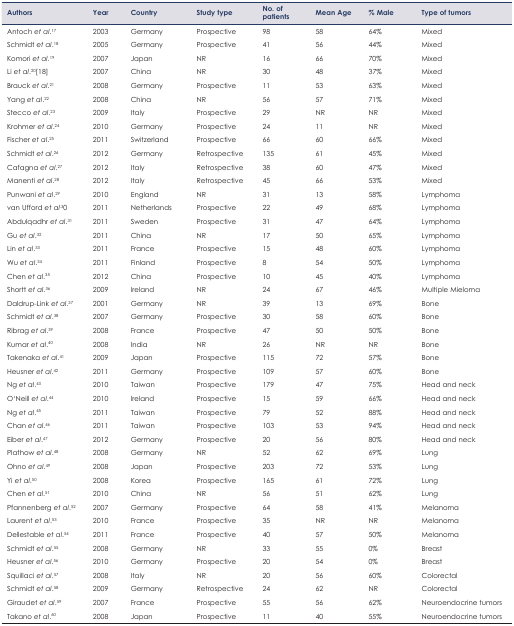
<table><thead><tr><td><b>Authors</b></td><td><b>Year</b></td><td><b>Country</b></td><td><b>Study type</b></td><td><b>No. of patients</b></td><td><b>Mean Age</b></td><td><b>% Male</b></td><td><b>Type of tumors</b></td></tr></thead><tbody><tr><td>Antoch <i>et al</i>.17</td><td>2003</td><td>Germany</td><td>Prospective</td><td>98</td><td>58</td><td>64%</td><td>Mixed</td></tr><tr><td>Schmidt <i>et al</i>.18</td><td>2005</td><td>Germany</td><td>Prospective</td><td>41</td><td>56</td><td>44%</td><td>Mixed</td></tr><tr><td>Komori <i>et al.</i>19</td><td>2007</td><td>Japan</td><td>NR</td><td>16</td><td>66</td><td>70%</td><td>Mixed</td></tr><tr><td>Li <i>et al</i>.20[18]</td><td>2007</td><td>China</td><td>NR</td><td>30</td><td>48</td><td>37%</td><td>Mixed</td></tr><tr><td>Brauck <i>et al</i>.21</td><td>2008</td><td>Germany</td><td>Prospective</td><td>11</td><td>53</td><td>63%</td><td>Mixed</td></tr><tr><td>Yang <i>et al</i>.22</td><td>2008</td><td>China</td><td>NR</td><td>56</td><td>57</td><td>71%</td><td>Mixed</td></tr><tr><td>Stecco <i>et al</i>.23</td><td>2009</td><td>Italy</td><td>Prospective</td><td>29</td><td>NR</td><td>NR</td><td>Mixed</td></tr><tr><td>Krohmer <i>et al</i>.24</td><td>2010</td><td>Germany</td><td>Prospective</td><td>24</td><td>11</td><td>NR</td><td>Mixed</td></tr><tr><td>Fischer <i>et al</i>.25</td><td>2011</td><td>Switzerland</td><td>Prospective</td><td>66</td><td>60</td><td>66%</td><td>Mixed</td></tr><tr><td>Schmidt <i>et al</i>.26</td><td>2012</td><td>Germany</td><td>Retrospective</td><td>135</td><td>61</td><td>45%</td><td>Mixed</td></tr><tr><td>Cafagna <i>et al</i>.27</td><td>2012</td><td>Italy</td><td>Retrospective</td><td>38</td><td>60</td><td>47%</td><td>Mixed</td></tr><tr><td>Manenti <i>et al</i>.28</td><td>2012</td><td>Italy</td><td>Retrospective</td><td>45</td><td>66</td><td>53%</td><td>Mixed</td></tr><tr><td>Punwani <i>et al</i>.29</td><td>2010</td><td>England</td><td>NR</td><td>31</td><td>13</td><td>58%</td><td>Lymphoma</td></tr><tr><td>van Ufford <i>et al</i>.30</td><td>2011</td><td>Netherlands</td><td>Prospective</td><td>22</td><td>49</td><td>68%</td><td>Lymphoma</td></tr><tr><td>Abdulqadhr <i>et al</i>.31</td><td>2011</td><td>Sweden</td><td>Prospective</td><td>31</td><td>47</td><td>64%</td><td>Lymphoma</td></tr><tr><td>Gu <i>et al</i>.32</td><td>2011</td><td>China</td><td>NR</td><td>17</td><td>50</td><td>65%</td><td>Lymphoma</td></tr><tr><td>Lin <i>et al</i>.33</td><td>2011</td><td>France</td><td>Prospective</td><td>15</td><td>48</td><td>60%</td><td>Lymphoma</td></tr><tr><td>Wu <i>et al</i>.34</td><td>2011</td><td>Finland</td><td>Prospective</td><td>8</td><td>54</td><td>50%</td><td>Lymphoma</td></tr><tr><td>Chen <i>et al</i>.35</td><td>2012</td><td>China</td><td>Prospective</td><td>10</td><td>45</td><td>40%</td><td>Lymphoma</td></tr><tr><td>Shortt <i>et al</i>.36</td><td>2009</td><td>Ireland</td><td>NR</td><td>24</td><td>67</td><td>46%</td><td>Multiple Mieloma</td></tr><tr><td>Daldrup-Link <i>et al</i>.37</td><td>2001</td><td>Germany</td><td>NR</td><td>39</td><td>13</td><td>69%</td><td>Bone</td></tr><tr><td>Schmidt <i>et al</i>.38</td><td>2007</td><td>Germany</td><td>Prospective</td><td>30</td><td>58</td><td>60%</td><td>Bone</td></tr><tr><td>Ribrag <i>et al</i>.39</td><td>2008</td><td>France</td><td>Prospective</td><td>47</td><td>50</td><td>50%</td><td>Bone</td></tr><tr><td>Kumar <i>et al</i>.40</td><td>2008</td><td>India</td><td>NR</td><td>26</td><td>NR</td><td>NR</td><td>Bone</td></tr><tr><td>Takenaka <i>et al</i>.41</td><td>2009</td><td>Japan</td><td>Prospective</td><td>115</td><td>72</td><td>57%</td><td>Bone</td></tr><tr><td>Heusner <i>et al</i>.42</td><td>2011</td><td>Germany</td><td>Prospective</td><td>109</td><td>57</td><td>60%</td><td>Bone</td></tr><tr><td>Ng <i>et al</i>.43</td><td>2010</td><td>Taiwan</td><td>Prospective</td><td>179</td><td>47</td><td>75%</td><td>Head and neck</td></tr><tr><td>O‘Neill <i>et al</i>.44</td><td>2010</td><td>Ireland</td><td>Prospective</td><td>15</td><td>59</td><td>66%</td><td>Head and neck</td></tr><tr><td>Ng <i>et al</i>.45</td><td>2011</td><td>Taiwan</td><td>Prospective</td><td>79</td><td>52</td><td>88%</td><td>Head and neck</td></tr><tr><td>Chan <i>et al</i>.46</td><td>2011</td><td>Taiwan</td><td>Prospective</td><td>103</td><td>53</td><td>94%</td><td>Head and neck</td></tr><tr><td>Eiber <i>et al</i>.47</td><td>2012</td><td>Germany</td><td>Prospective</td><td>20</td><td>56</td><td>80%</td><td>Head and neck</td></tr><tr><td>Plathow <i>et al</i>.48</td><td>2008</td><td>Germany</td><td>NR</td><td>52</td><td>62</td><td>69%</td><td>Lung</td></tr><tr><td>Ohno <i>et al</i>.49</td><td>2008</td><td>Japan</td><td>Prospective</td><td>203</td><td>72</td><td>53%</td><td>Lung</td></tr><tr><td>Yi <i>et al</i>.50</td><td>2008</td><td>Korea</td><td>Prospective</td><td>165</td><td>61</td><td>72%</td><td>Lung</td></tr><tr><td>Chen <i>et al</i>.51</td><td>2010</td><td>China</td><td>NR</td><td>56</td><td>51</td><td>62%</td><td>Lung</td></tr><tr><td>Pfannenberg <i>et al</i>.52</td><td>2007</td><td>Germany</td><td>Prospective</td><td>64</td><td>58</td><td>41%</td><td>Melanoma</td></tr><tr><td>Laurent <i>et al</i>.53</td><td>2010</td><td>France</td><td>Prospective</td><td>35</td><td>NR</td><td>NR</td><td>Melanoma</td></tr><tr><td>Dellestable <i>et al</i>.54</td><td>2011</td><td>France</td><td>Prospective</td><td>40</td><td>57</td><td>50%</td><td>Melanoma</td></tr><tr><td>Schmidt <i>et al</i>.55</td><td>2008</td><td>Germany</td><td>NR</td><td>33</td><td>55</td><td>0%</td><td>Breast</td></tr><tr><td>Heusner <i>et al</i>.56</td><td>2010</td><td>Germany</td><td>Prospective</td><td>20</td><td>54</td><td>0%</td><td>Breast</td></tr><tr><td>Squillaci <i>et al</i>.57</td><td>2008</td><td>Italy</td><td>NR</td><td>20</td><td>56</td><td>60%</td><td>Colorectal</td></tr><tr><td>Schmidt <i>et al</i>.58</td><td>2009</td><td>Germany</td><td>Retrospective</td><td>24</td><td>62</td><td>NR</td><td>Colorectal</td></tr><tr><td>Giraudet <i>et al</i>.59</td><td>2007</td><td>France</td><td>Prospective</td><td>55</td><td>56</td><td>62%</td><td>Neuroendocrine tumors</td></tr><tr><td>Takano <i>et al</i>.60</td><td>2008</td><td>Japan</td><td>Prospective</td><td>11</td><td>40</td><td>55%</td><td>Neuroendocrine tumors</td></tr></tbody></table>